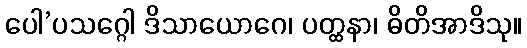
ပေါ’ပသဂ္ဂေါ ဒိသာယောဂေ၊ ပတ္ထနာ၊ ဓိတိအာဒိသု။